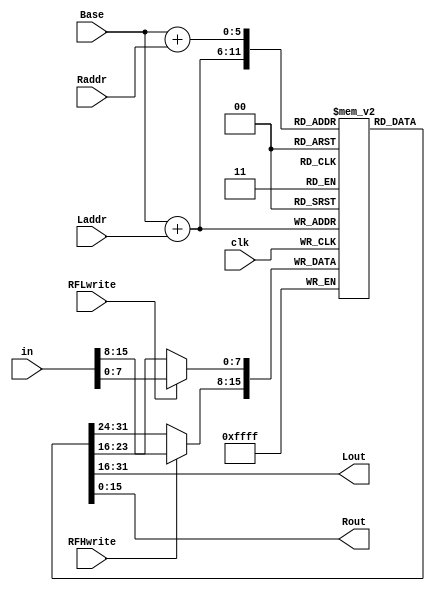
// Register File

`timescale 1ns/1ns

module RegisterFile (in, clk, Laddr, Raddr, Base, RFLwrite, RFHwrite, Lout, Rout);

input [15:0] in;
input clk;
input RFLwrite;
input RFHwrite;
input [1:0] Laddr;
input [1:0] Raddr;
input [5:0] Base;
output [15:0] Lout;
output [15:0] Rout;

reg [15:0] MemoryFile [0:63]; // a 64 bit reg file

wire [5:0] Laddress = Base + Laddr;
wire [5:0] Raddress = Base + Raddr;

assign Lout = MemoryFile [Laddress];
assign Rout = MemoryFile [Raddress];

reg [15:0] TempReg;

  always @(posedge clk) begin
      TempReg = MemoryFile [Laddress];
    if (RFLwrite) TempReg [7:0] = in [7:0];
    if (RFHwrite) TempReg [15:8] = in [15:8];
    MemoryFile [Laddress] = TempReg;
  end

endmodule